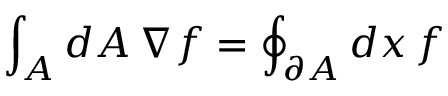
\int _ { A } d A \, \nabla f = \oint _ { \partial A } d x \, f